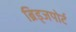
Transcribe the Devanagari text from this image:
ब्रिड्जपोर्ट